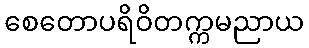
စေတောပရိဝိတက္ကမညာယ